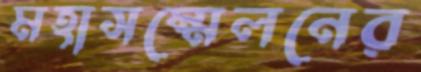
মহাসম্মেলনের